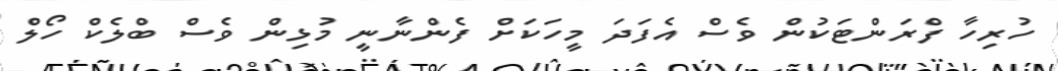
ހުރިހާ ފްރަންޓަކުން ވެސް އެފަދަ މީހަކަށް ފެންނާނީ މުޅިން ވެސް ބްލެކް ހޯލް